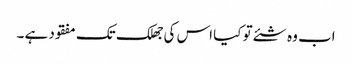
اب وہ شئے تو کیا اس کی جھلک تک مفقود ہے ۔